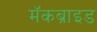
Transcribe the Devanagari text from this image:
मॅकब्राइड